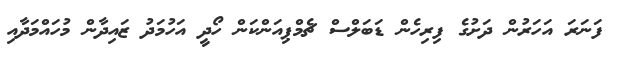
ފަނަރަ އަހަރުން ދަށުގެ ފިރިހެން ޑަބަލްސް ޗެމްޕިއަންކަން ހޯދީ އަހުމަދު ޒައިދާން މުހައްމަދާއި